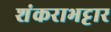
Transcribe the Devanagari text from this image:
शंकराभट्टार